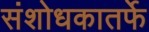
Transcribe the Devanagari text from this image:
संशोधकातर्फे